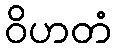
ဝိဟတံ